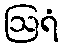
ဩရံ